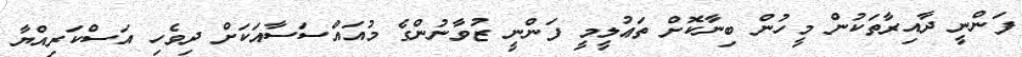
ފަންނީ ދާއިރާތަކުން މީހުން ބިނާކޮށް ތަޢުލީމީ ފަންނީ ޒުވާނުންގެ މުއައްސަސާއަކަށް ދިވެހި އަސްކަރިއްޔާ